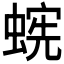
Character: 𱿹